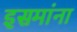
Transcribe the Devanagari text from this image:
इसमांना